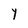
Character: Y